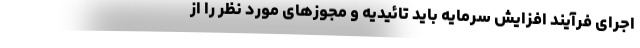
اجرای فرآیند افزایش سرمایه باید تائیدیه و مجوزهای مورد نظر را از